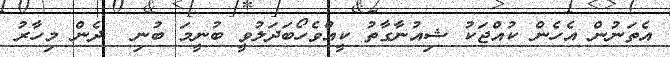
އެތަނުން އެހެން ކުއްޖަކު ޝިއުނާގާތު ކީއްވެހޯބަދަލުވީ ބުނީމަ ބުނި  ދެން މިހާރު